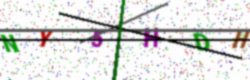
Text: NY5HDH